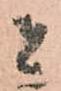
者